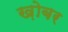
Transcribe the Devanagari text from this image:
ख़ोबर